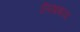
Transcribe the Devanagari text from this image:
लिखबाया